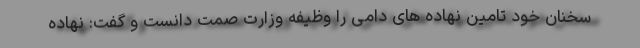
سخنان خود تامین نهاده های دامی را وظیفه وزارت صمت دانست و گفت: نهاده